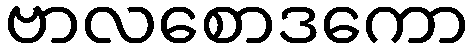
ဗာလစောဒကော